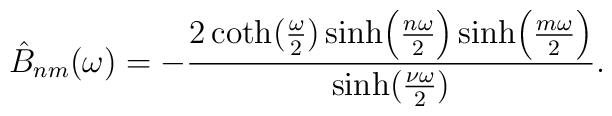
\hat B_{nm}(\omega)=-{2\coth ({\omega \over 2})\sinh\Bigl({n\omega \over 2}\Bigr ) \sinh \Bigl ({m\omega \over 2}\Bigr)\over \sinh ({\nu \omega \over 2})}.